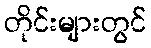
တိုင်းများတွင်